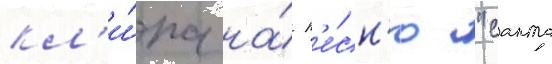
кл'и́па на́ п'е́сн'ю "санта